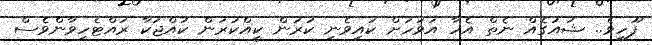
ފޫހިވެ.. ޝައުގެއް ނެތް އެހާ އަވަހަށް ކައިވެނި ކުރަން ކީއްކުރަން ކުއްޖަކާ ރައްޓެހިވާންވެސް